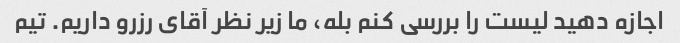
اجازه دهید لیست را بررسی کنم بله، ما زیر نظر آقای رزرو داریم. تیم